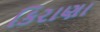
કિરાણા